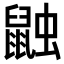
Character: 𪕕